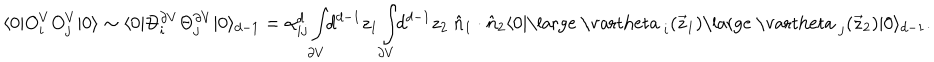
\langle 0 | O _ { i } ^ { V } O _ { j } ^ { V } | 0 \rangle \sim \langle 0 | \Theta _ { i } ^ { \partial V } \Theta _ { j } ^ { \partial V } | 0 \rangle _ { d - 1 } = \alpha _ { i j } ^ { d } \int _ { \partial V } \! \! d ^ { d - 1 } z _ { 1 } \int _ { \partial V } \! \! d ^ { d - 1 } z _ { 2 } ~ \hat { n } _ { 1 } \cdot \hat { n } _ { 2 } \langle 0 | \mathrm { \large ~ \ v a r t h e t a ~ } _ { i } ( \vec { z } _ { 1 } ) \mathrm { \large ~ \ v a r t h e t a ~ } _ { j } ( \vec { z } _ { 2 } ) | 0 \rangle _ { d - 1 } .